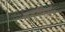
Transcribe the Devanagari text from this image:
कर्जफेडीची